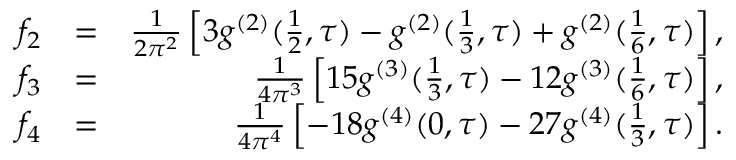
\begin{array} { r l r } { f _ { 2 } } & { = } & { \frac { 1 } { 2 \pi ^ { 2 } } \left[ 3 g ^ { ( 2 ) } ( \frac { 1 } { 2 } , \tau ) - g ^ { ( 2 ) } ( \frac { 1 } { 3 } , \tau ) + g ^ { ( 2 ) } ( \frac { 1 } { 6 } , \tau ) \right] , } \\ { f _ { 3 } } & { = } & { \frac { 1 } { 4 \pi ^ { 3 } } \left[ 1 5 g ^ { ( 3 ) } ( \frac { 1 } { 3 } , \tau ) - 1 2 g ^ { ( 3 ) } ( \frac { 1 } { 6 } , \tau ) \right] , } \\ { f _ { 4 } } & { = } & { \frac { 1 } { 4 \pi ^ { 4 } } \left[ - 1 8 g ^ { ( 4 ) } ( 0 , \tau ) - 2 7 g ^ { ( 4 ) } ( \frac { 1 } { 3 } , \tau ) \right] . } \end{array}